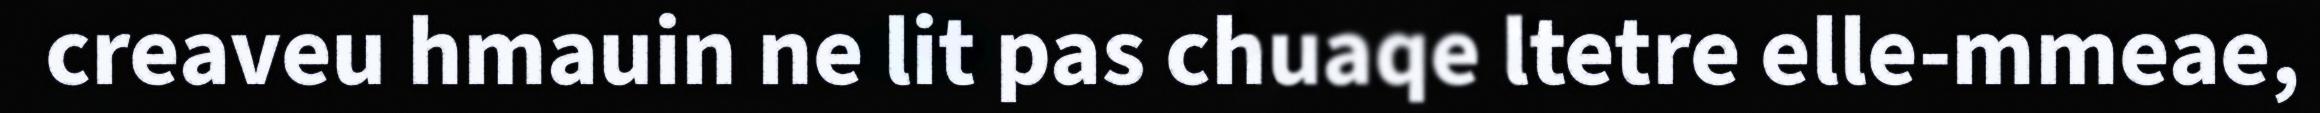
creaveu hmauin ne lit pas chuaqe ltetre elle-mmeae,